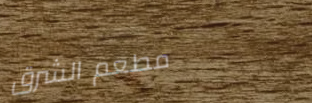
مطعم الشرق